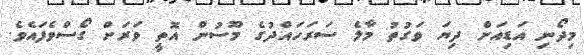
މިދޯނި އަޑިއަށް ދިޔަ ވަގުތު މާލެ ސަރަހައްދުގެ މޫސުން އޮތީ ވަރަށް ގޯސްވެފައެވެ.